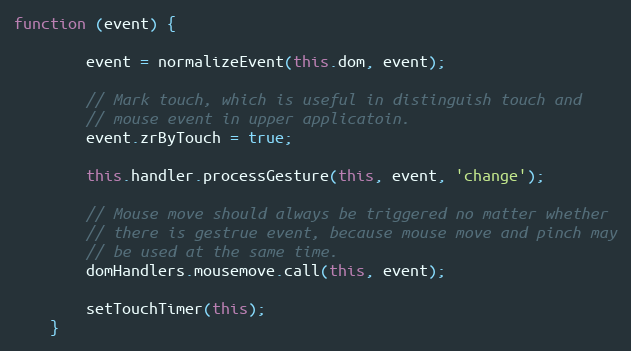
Language: JavaScript
function (event) {

        event = normalizeEvent(this.dom, event);

        // Mark touch, which is useful in distinguish touch and
        // mouse event in upper applicatoin.
        event.zrByTouch = true;

        this.handler.processGesture(this, event, 'change');

        // Mouse move should always be triggered no matter whether
        // there is gestrue event, because mouse move and pinch may
        // be used at the same time.
        domHandlers.mousemove.call(this, event);

        setTouchTimer(this);
    }